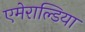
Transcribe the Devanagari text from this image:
एमेराल्डिया